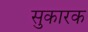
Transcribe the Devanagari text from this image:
सुकारक